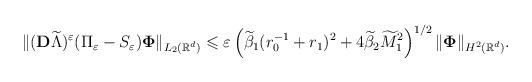
LaTeX: \begin{align*}\Vert (\mathbf{D}\widetilde{\Lambda})^\varepsilon (\Pi _\varepsilon -S_\varepsilon)\boldsymbol{\Phi}\Vert _{L_2(\mathbb{R}^d)}\leqslant \varepsilon \left(\widetilde{\beta} _1(r_0^{-1}+r_1 )^2+4\widetilde{\beta} _2\widetilde{M}_1^2\right)^{1/2}\Vert \boldsymbol{\Phi}\Vert _{H^2(\mathbb{R}^d)}.\end{align*}